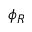
\phi _ { R }